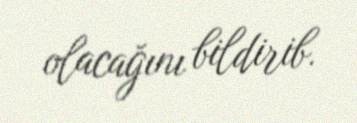
olacağını bildirib.